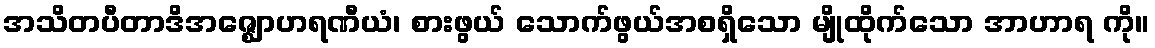
အသိတပီတာဒိအဇ္ဈောဟရဏီယံ၊ စားဖွယ် သောက်ဖွယ်အစရှိသော မျိုထိုက်သော အာဟာရ ကို။